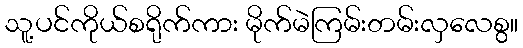
သူ့ပင်ကိုယ်စရိုက်ကား မိုက်မဲကြမ်းတမ်းလှလေစွ။